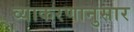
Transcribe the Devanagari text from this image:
व्याकरणानुसार